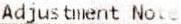
ADJUSTMENT NOTE